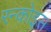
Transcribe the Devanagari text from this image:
रन्कोइस